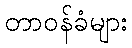
တာဝန်ခံများ